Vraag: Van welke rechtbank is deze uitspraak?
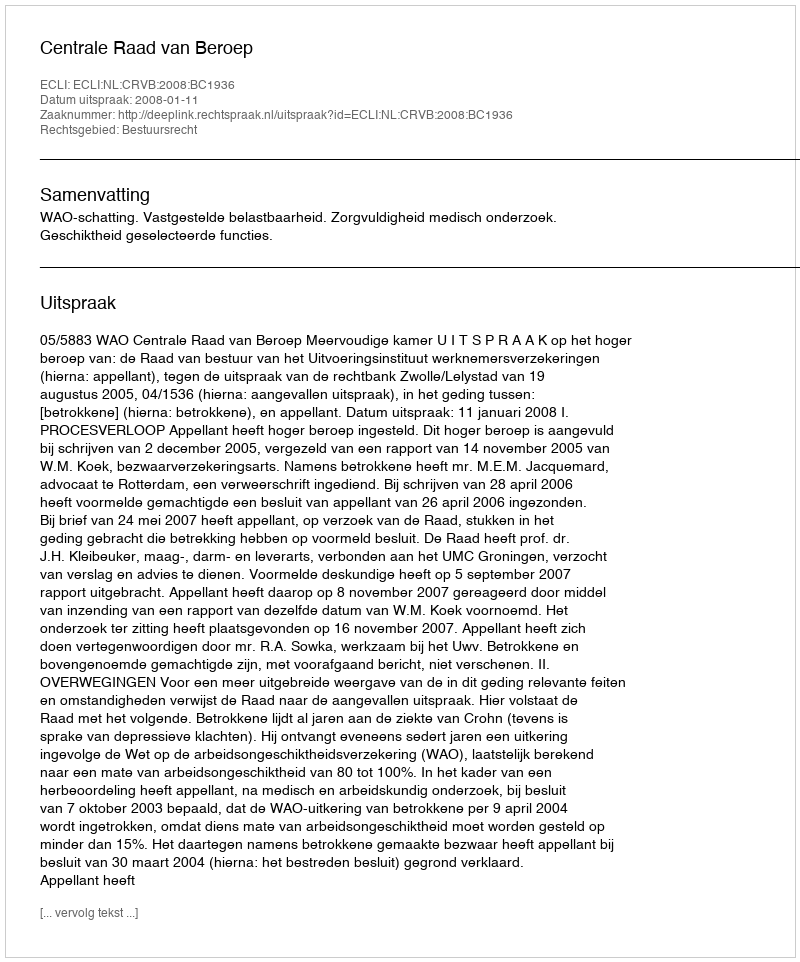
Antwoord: Centrale Raad van Beroep